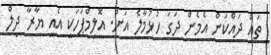
ތައް ދައްކަން އެމެން ދަގަ ހުޅުމާލެ އަށް. އޮލިމްޕަހަކީ އެއީ ޔާރާ ދިލް